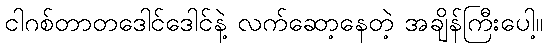
ငါဂစ်တာတဒေါင်ဒေါင်နဲ့ လက်ဆော့နေတဲ့ အချိန်ကြီးပေါ့။